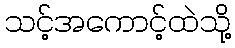
သင့်အကောင့်ထဲသို့